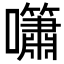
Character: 𡅣